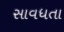
સાવધતા